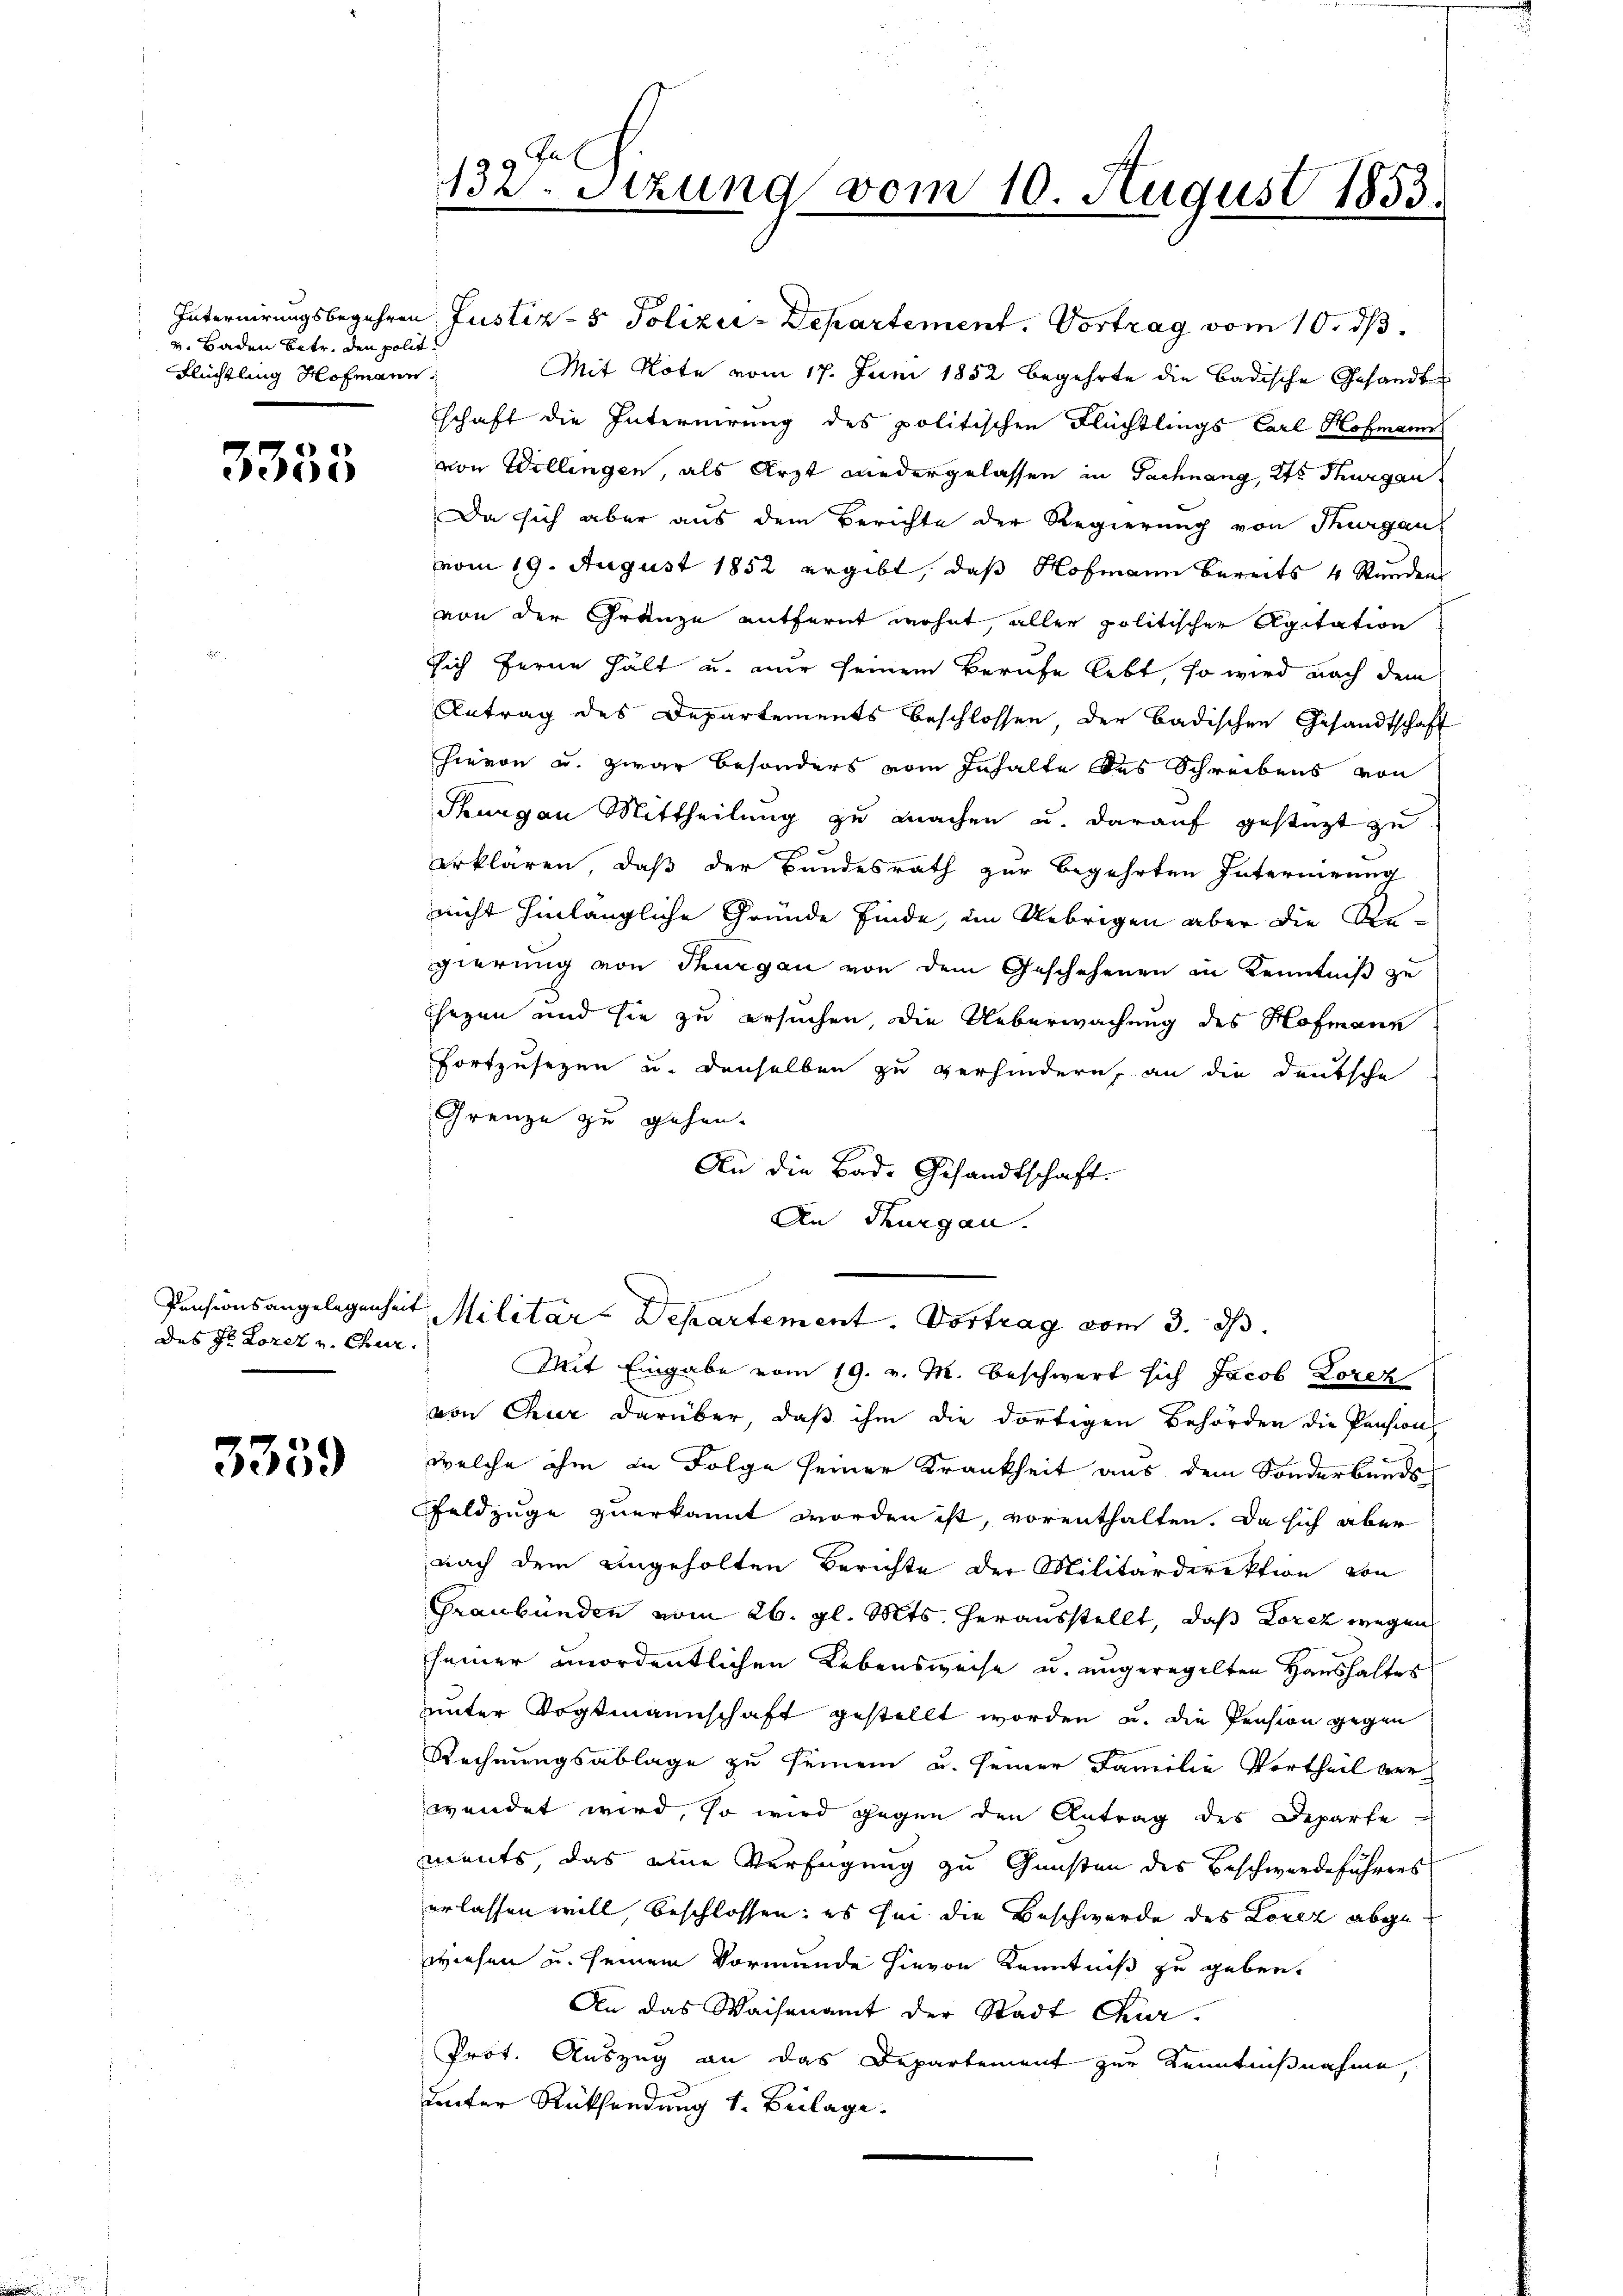
v. Baden Betr. den polit.
Flüchtling Hofmann

3333

des Hl. Loret u. Chur¬

3359

132. Stzung vom 10. August 1833.

Internirungsbegehren Justiz- & Polizer-Departement. Vortrag vom 10. ds.
Mit Note vom 17. Juni 1852 begehrte die badische Gesandt
schaft die Internirung des politischen Flüchtlings Carl Hofmann
von Willingen, als Arzt wiedergelassen in Tachnang, Kts. Thurgau
Da sich aber aus dem Berichte der Regierung von Thurgau
vom 19. August 1852 ergibt, daß Hofmann bereits 4 Stunden
von der Gränze entfernt wohnt, aller politischer Agitation
sich ferne hält u. nur seinem Berufe lebt, so wird nach dem
Antrag des Departements beschlossen der badischen Gesandtschaft
hievon u. zwar besonders vom Inhalte des Schreibens von
Thurgau Mittheilung zu machen u. darauf gestützt zu
erklären, daß der Bundesrath zur Begehrten Internirung
nicht hinlängliche Gründe finde, im Uebrigen aber die Re-
gierung von Thurgau von dem Geschehenen in Kenntniß zu
Gegen und sie zu ersuchen, die Ueberwachung des Hofmann
fortzusezen u. denselben zu verhindern, an die deutsche
Grenze zu gehen.
An die Bade Gesandtschaft.
An Thurgau.
Pensionsangelegenheit Militär-Departement. Vortrag vom 3. ds.
Mit Eingabe vom 19. v. M. beschwert sich Jacob Lorez
von Chier darüber, daß ihm die dortigen Behörden die Pensions
welche ihm in Folge seiner Krankheit aus dem Sonderbunds
Feldzuge zuerkannt worden ist, vorenthalten. Da sich aber
nach dem angeholten Berichte der Militärdirektion von
Graubünden vom 26. gl. Mts. herausstellt, daß Lorez wegen
seiner unordentlichen Lebensweise u. ungeregelten Haushaltes
unter Vogtmannschaft gestellt worden u. die Pension gegen
Rechnungsablage zu seinem u. seiner Familie Vertheil ver
wendet wird, so wird gegen den Antrag des Departe
ments, das eine Verfügung zu Gunsten des Beschwerdeführers
erlassen will, beschlossen: es sei die Beschwerde des Lorez abgewiesen u. seinem Vormunde hievon Kenntniß zu geben.
An das Waisenamt der Stadt Quar¬
Prot. Auszug an das Departement zur Kenntnißnahme,
uunter Rücksendung 1. Beilage.